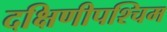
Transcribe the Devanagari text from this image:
दक्षिणीपश्चिम